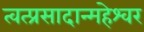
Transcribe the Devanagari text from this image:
त्वत्प्रसादान्महेश्वर